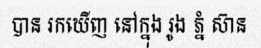
បាន រកឃើញ នៅក្នុង រូង ភ្នំ ស៊ាន